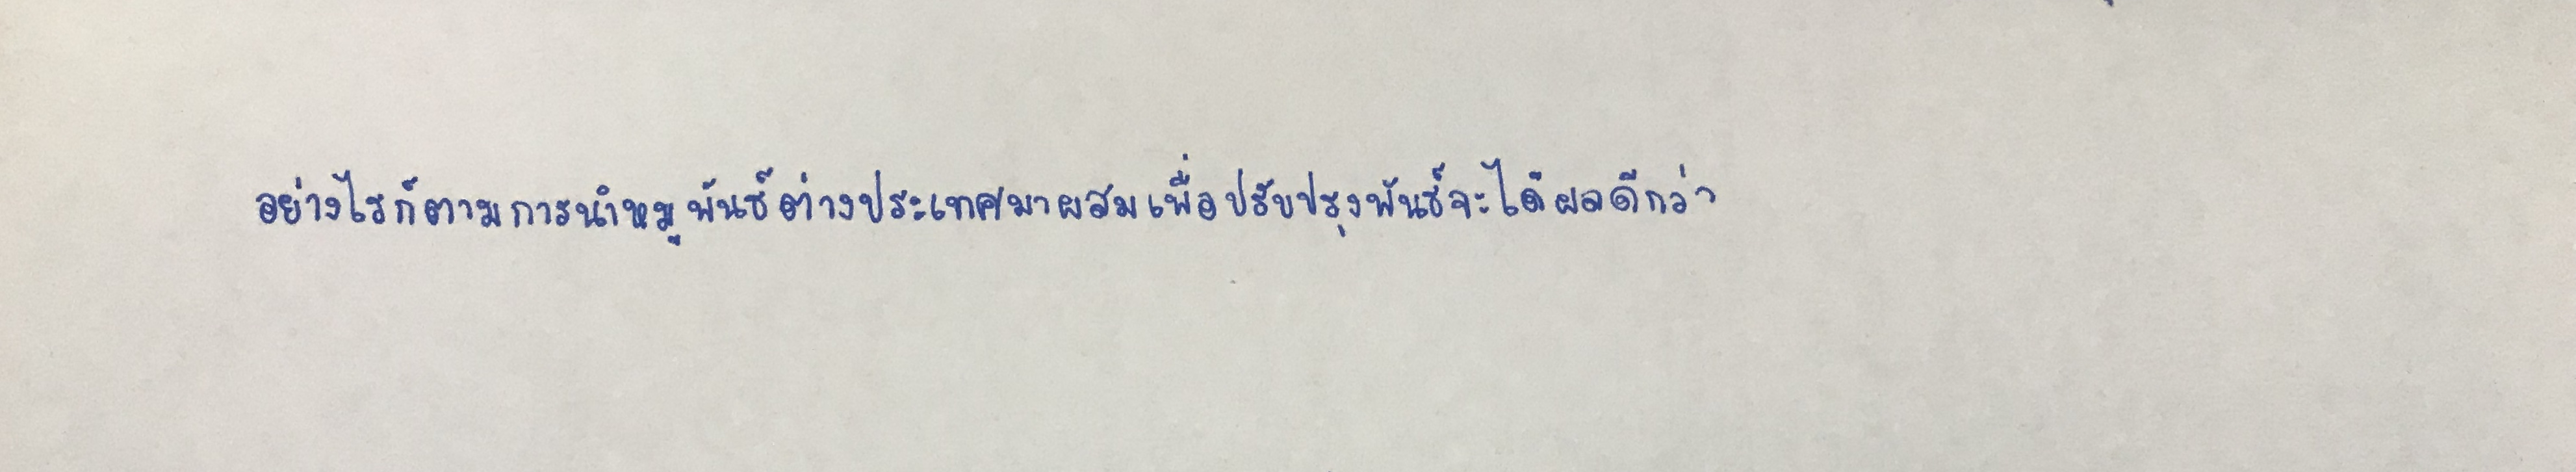
อย่างไรก็ตามการนำหมูพันธุ์ต่างประเทศมาผสมเพื่อปรับปรุงพันธุ์จะได้ผลดีกว่า